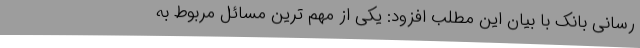
رسانی بانک با بیان این مطلب افزود: یکی از مهم ترین مسائل مربوط به